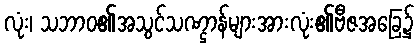
လုံး၊ သဘာဝ၏အသွင်သဏ္ဌာန်များအားလုံး၏ဗီဇအခြေ၌